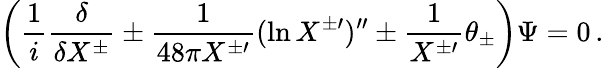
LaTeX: \left(\frac{1}{i}\frac{\delta}{\delta X^{\pm}}\pm\frac{1}{48\pi X^{\pm\prime}}(\ln X^{\pm\prime})^{\prime\prime}\pm\frac{1}{X^{\pm\prime}}\theta_{\pm}\right)\Psi=0\, .